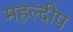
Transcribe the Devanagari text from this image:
महल्दीप